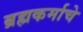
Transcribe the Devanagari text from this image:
ब्रह्मकर्माचे